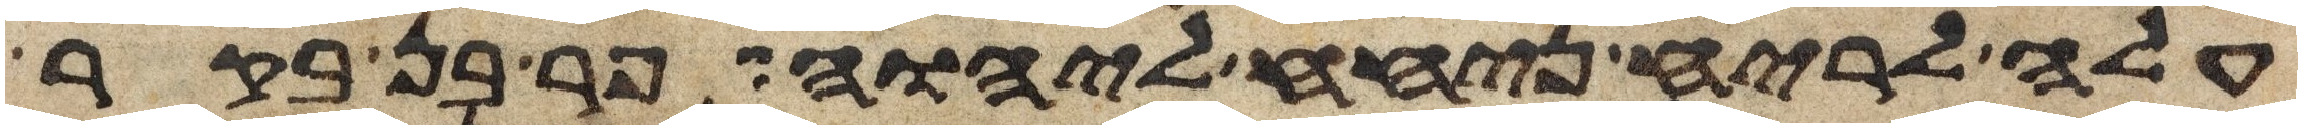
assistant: עלה לריח ניחח ליהוה פר בן בקר